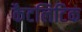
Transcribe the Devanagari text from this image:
कैटलिटिक